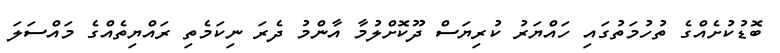
ބޮޑުކުށެއްގެ ތުހުމަތުގައި ހައްޔަރު ކުރިޔަސް ދޫކޮށްލުމާ އާންމު ދެރަ ނިކަމެތި ރައްޔިތެއްގެ މައްސަލަ